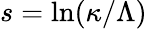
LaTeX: s=\ln(\kappa/\Lambda)